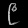
Digit: ၉